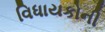
વિધાયકોની